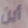
أين